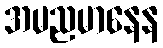
အမညမာနေန